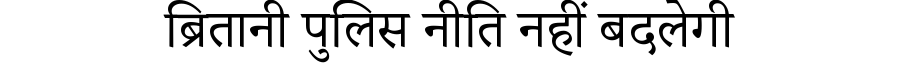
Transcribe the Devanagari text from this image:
ब्रितानी पुलिस नीति नहीं बदलेगी